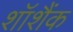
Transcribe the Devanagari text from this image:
शॉशैंक